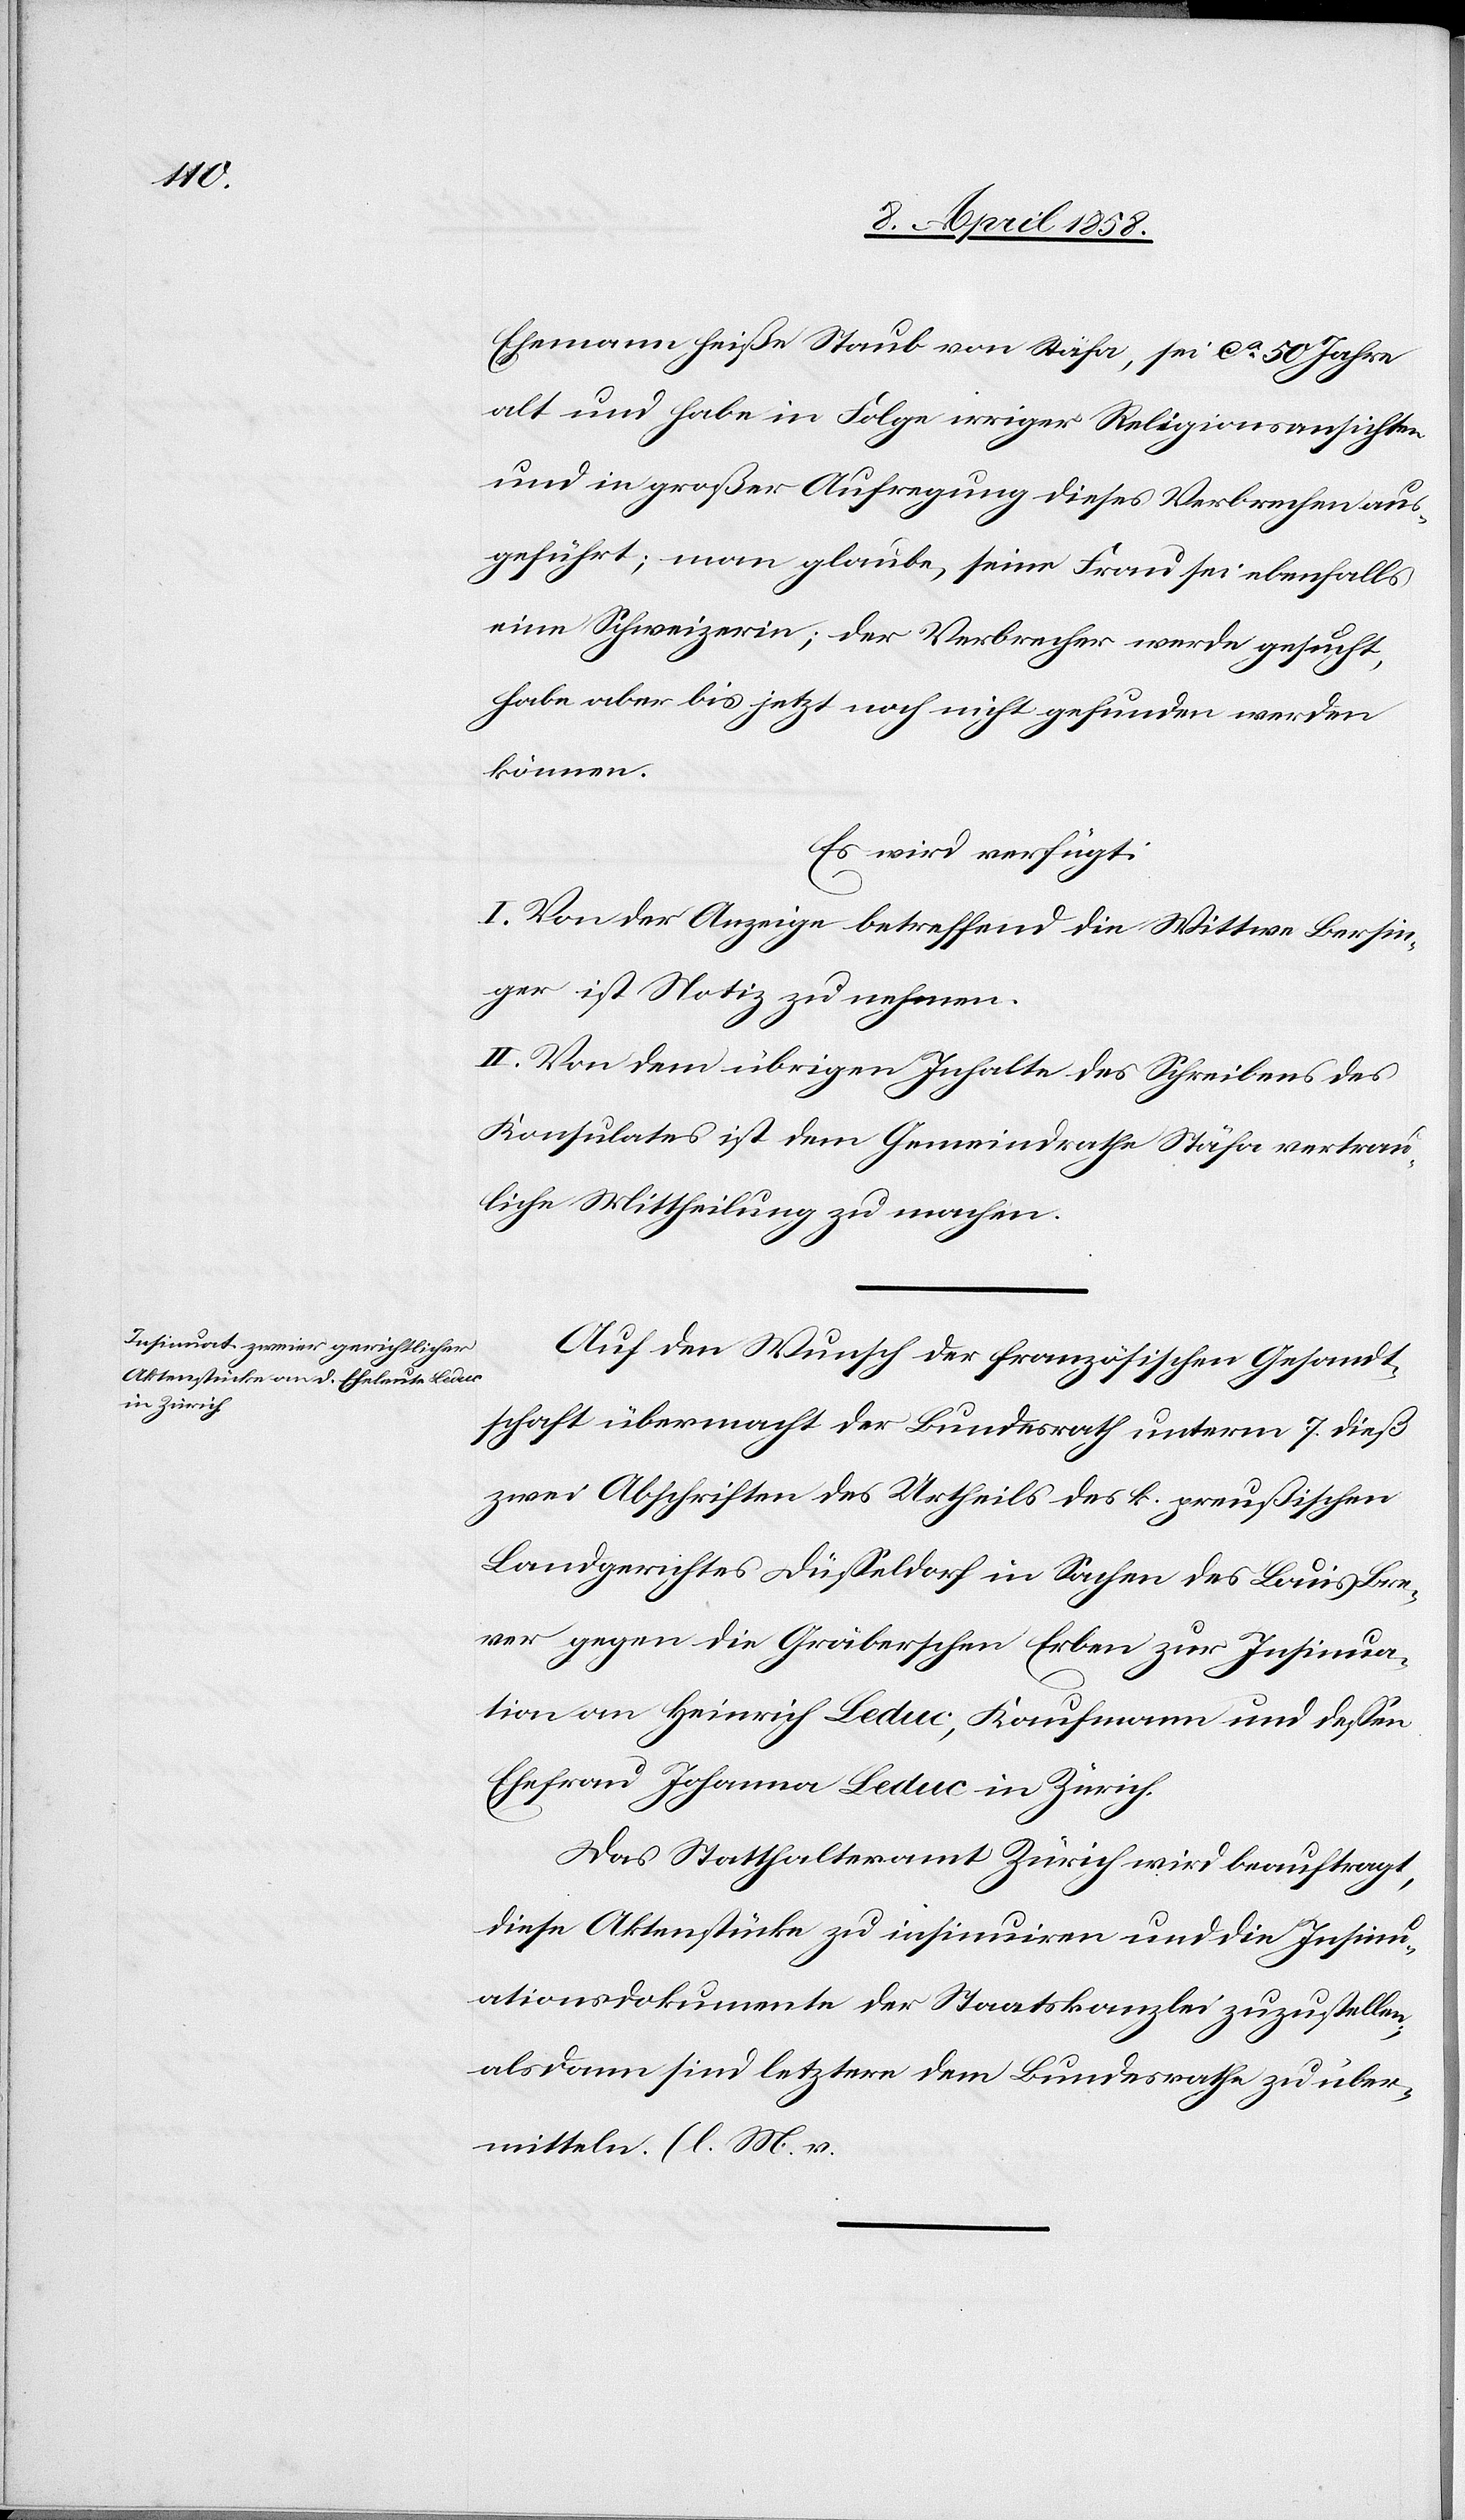
9. April 1858.]
Ehemann heiße Staub von Stäfa, sei ca 50 Jahre
alt und habe in Folge irriger Religionsansichten
und in großer Aufregung dieses Verbrechen aus¬
geführt; man glaube, seine Frau sei ebenfalls
eine Schweizerin; der Verbrecher werde gesucht,
habe aber bis jetzt noch nicht gefunden werden
können.
Es wird verfügt.
I. Von der Anzeige betreffend die Wittwe Bersin¬
ger ist Notiz zu nehmen.
II. Von dem übrigen Inhalte des Schreibens des
Konsulates ist dem Gemeindrathe Stäfa vertrau¬
liche Mittheilung zu machen.
Auf den Wunsch der französischen Gesandt¬
schaft übermacht der Bundesrath unterm 7. dieß
zwei Abschriften des Urtheils des k. preußischen
Landgerichtes Düßeldorf in Sachen des Louis Bre¬
ver gegen die Gräberschen Erben zur Insinua¬
tion an Heinrich Leduc, Kaufmann und dessen
Ehefrau Johanna Leduc in Zürich.
Das Statthalteramt Zürich wird beauftragt,
diese Aktenstücke zu insinuiren und die Insinu¬
ationsdokumente der Staatskanzlei zuzustellen,
als dann sind letztere dem Bundesrathe zu über¬
mitteln. (l. M. v.